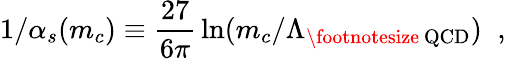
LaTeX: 1/\alpha_{s}(m_{c})\equiv{\displaystyle\frac{27}{6\pi}}\ln(m_{c}/\Lambda_{\mathrm{{\footnotesize~QCD}}})\; \; ,